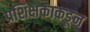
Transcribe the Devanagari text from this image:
प्रशिक्षकाकडून